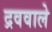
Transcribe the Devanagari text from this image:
द्रववाले